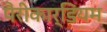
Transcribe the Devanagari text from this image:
पैरीकार्डियम